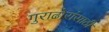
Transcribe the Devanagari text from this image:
गुराढोरांसाठी